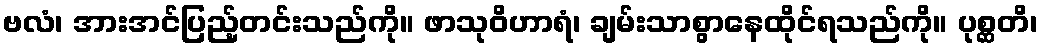
ဗလံ၊ အားအင်ပြည့်တင်းသည်ကို။ ဖာသုဝိဟာရံ၊ ချမ်းသာစွာနေထိုင်ရသည်ကို။ ပုစ္ဆတိ၊